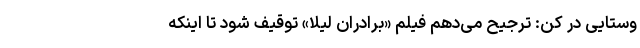
وستایی در کن: ترجیح می‌دهم فیلم «برادران لیلا» توقیف شود تا اینکه